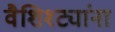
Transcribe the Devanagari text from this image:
वैशिश्ट्यांना